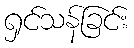
ရှင်သန်ခြင်း